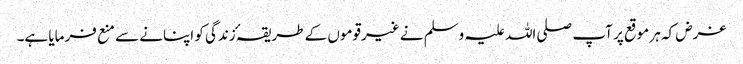
غرض کہ ہر موقع پر آپ صلی اللہ علیہ وسلم نے غیرقوموں کے طریقہٴ زندگی کو اپنانے سے منع فرمایا ہے۔